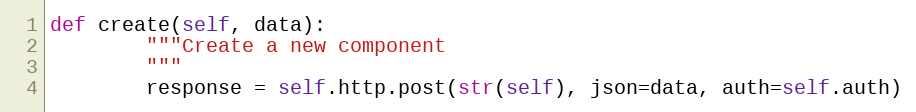
Language: Python
def create(self, data):
        """Create a new component
        """
        response = self.http.post(str(self), json=data, auth=self.auth)